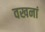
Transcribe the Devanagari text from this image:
वखनां